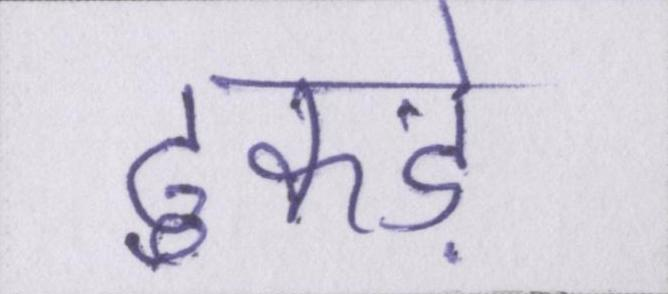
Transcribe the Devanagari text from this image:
टुकड़े